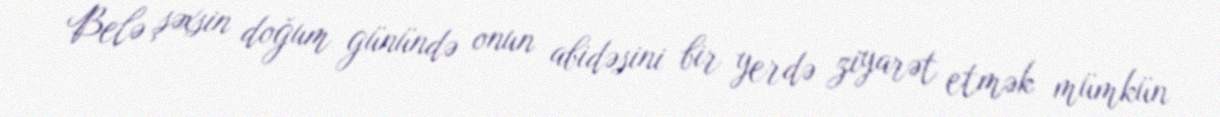
Belə şəxsin doğum günündə onun abidəsini bir yerdə ziyarət etmək mümkün